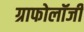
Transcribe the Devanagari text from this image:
ग्राफोलॉजी